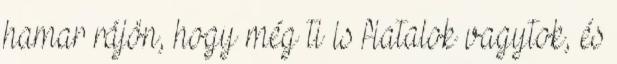
hamar rájön, hogy még ti is fiatalok vagytok, és